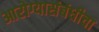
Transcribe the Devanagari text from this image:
आरोग्यासंबंधीचा